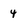
Character: 4